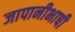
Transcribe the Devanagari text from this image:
जापानीभाषी